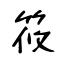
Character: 筱